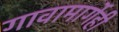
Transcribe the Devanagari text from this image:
गावामार्गेही